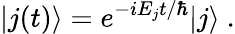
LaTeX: |j(t)\rangle=e^{-iE_{j}t/\hbar}|j\rangle~.